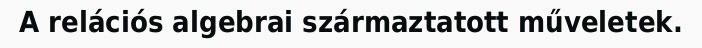
A relációs algebrai származtatott műveletek.